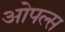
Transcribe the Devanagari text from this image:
ओपल्स